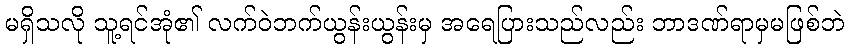
မရှိသလို သူ့ရင်အုံ၏ လက်ဝဲဘက်ယွန်းယွန်းမှ အရေပြားသည်လည်း ဘာဒဏ်ရာမှမဖြစ်ဘဲ